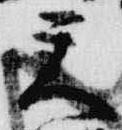
天